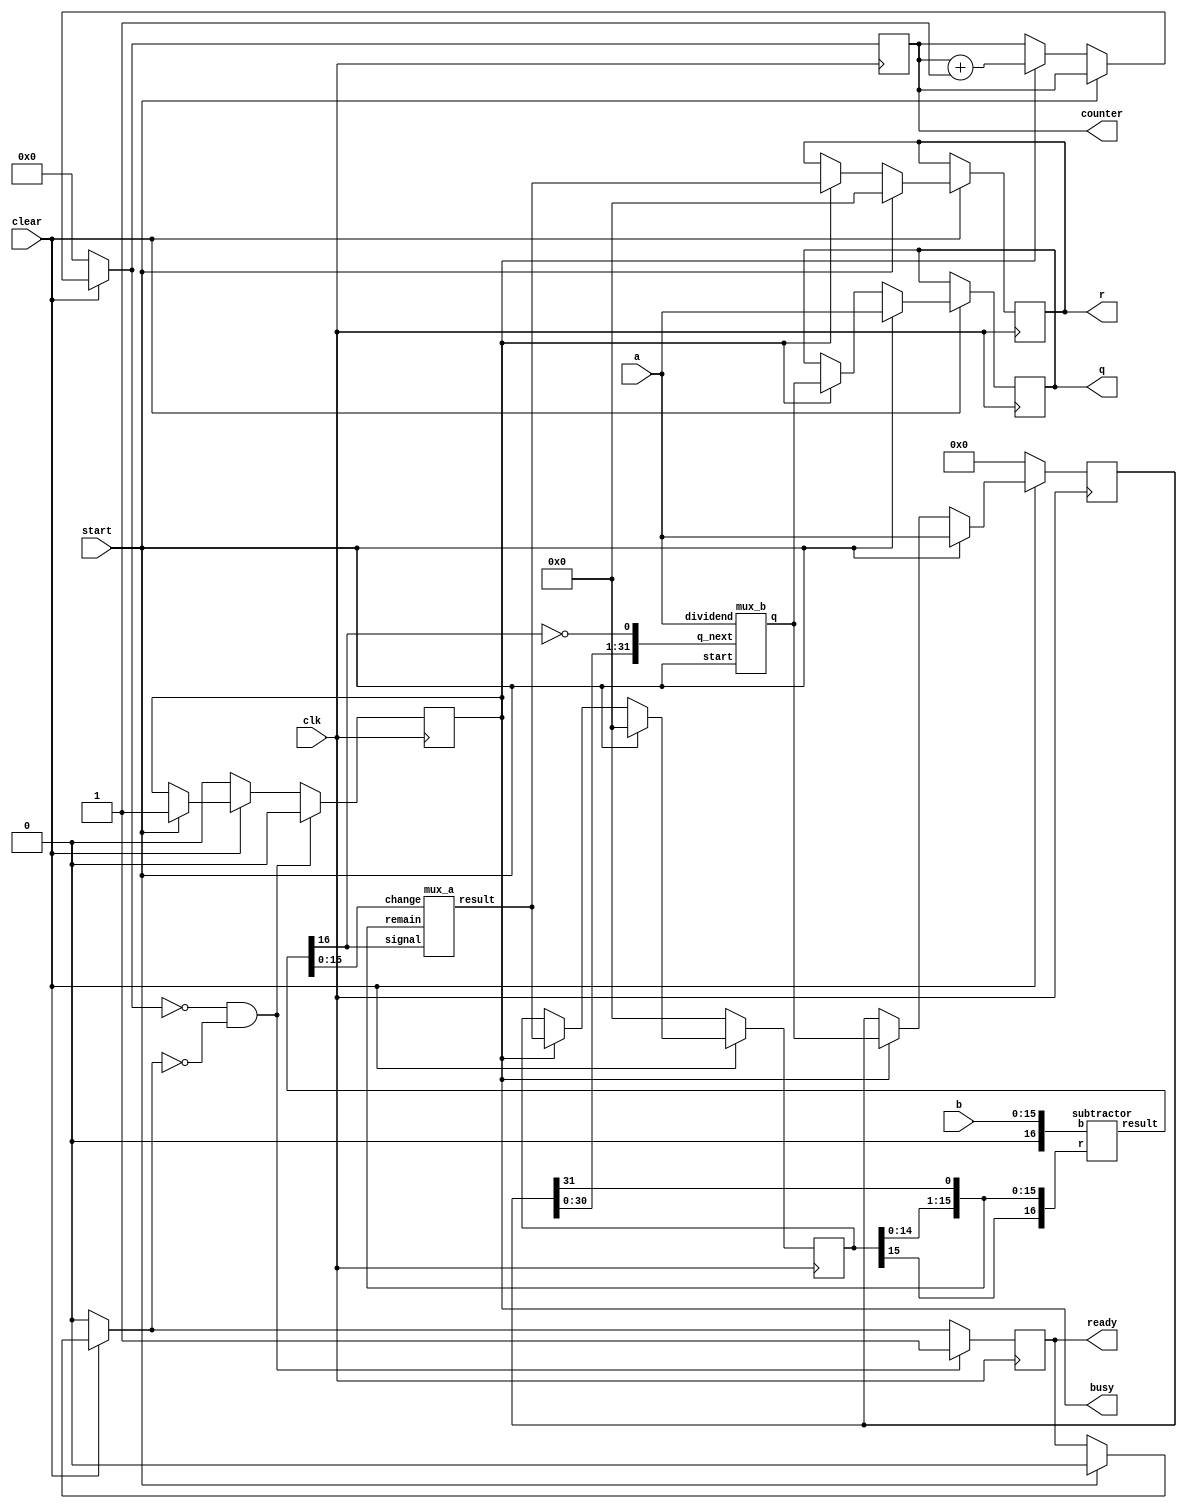
module divider (
   input clk,
   input clear,
   input [31:0] a,
   input [15:0] b,
   input start,
 
   output reg [31:0]q,
   output reg [15:0]r,
   output reg ready,
   output reg busy,
   output reg [4:0] counter
);
   //registers to hold running values of q and r
   reg [15:0] reg_r;
   reg [31:0] reg_q;
   
   //wires to transport outputs to registers and other modules
   wire[31:0] wire_q;
   wire[15:0] wire_r;
   wire[16:0] wire_result;
   
   subtractor sub(
       .r({reg_r, reg_q[31]}),
       .b({1'b0, b[15:0]}),
       .result(wire_result)
   );
   
   mux_a muxa(
       .remain({reg_r[14:0], reg_q[31]}),
       .change(wire_result[15:0]),
       .signal(wire_result[16]),
       .result(wire_r)
   );
 
   mux_b muxb(
       .dividend(a),
       .q_next({reg_q[30:0], ~wire_result[16]}),
       .start(start),
       .q(wire_q)
   );
 
always @(posedge clk) begin
 
   //if clear = 0: set evrything to zero (q,r,busy, counter, ready)
   
      
   if (clear == 0) begin
       reg_r = 0;
       reg_q = 0;
       busy = 0;
       counter = 0;
       ready = 0;  
   end
 
   //if start = 1: start division
   // set q = a and r = 0
   // set busy to 1
   else if (start == 1) begin
       reg_q = a;
       q = a;
       reg_r = 0;
       r = 0;
       ready = 0;
       busy = 1;
   end   
 
   //if busy = 1: keep dividing
   //increment counter
   //check if counter is higher than 32
   //if so then divsion is done and set busy to 0 and clear to 0
   // set ready to 1

   else if(busy == 1) begin
       counter = counter + 1;
       reg_q = wire_q;       
       reg_r = wire_r;
       q = wire_q;
       r = wire_r;
   end
   
   //End division if counter reaches 0
   if(counter == 0 && ready == 0) begin
       busy = 0;
       ready = 1;
   end
end 
endmodule
 
// CREATE MODULE THAT DOES THIS:
   //result[16:0] = ({r[15:0], q[31]} - {1'b0, b[15:0]})

module subtractor (
   input [16:0] r,
   input [16:0] b,
   output reg [16:0] result
);
always @(*) begin
    result <= r - b;
end
endmodule
 
// CREATE MODULE THAT DOES THIS:
   //check MSB of subtractor and
   // if == 1: r = {r[14:0], q[31]}
   // if == 0: r = result of subtractor without MSB. (result[15:0])
 
module mux_a (
   input [15:0] remain,
   input [15:0] change,
   input signal,
   output reg [15:0] result
);
always @(*) begin
    case(signal) 
       1'b0: result <= change;
       1'b1: result <= remain;
   endcase
end
endmodule
// CREATE A MODULE THAT DOES THIS:
   // intially, set q to a
   //q[31:0] <= a[31:0]
   //After each subtraction take MSB of result and set to LSB of q
   // q = {q[30:0], result[16]}
module mux_b(
   input [31:0] dividend,
   input [31:0] q_next,
   input start,
   output reg [31:0] q
);

always @* begin
   case(start)
       1'b1: q <= dividend;
       1'b0: q <= q_next;
   endcase
end
endmodule